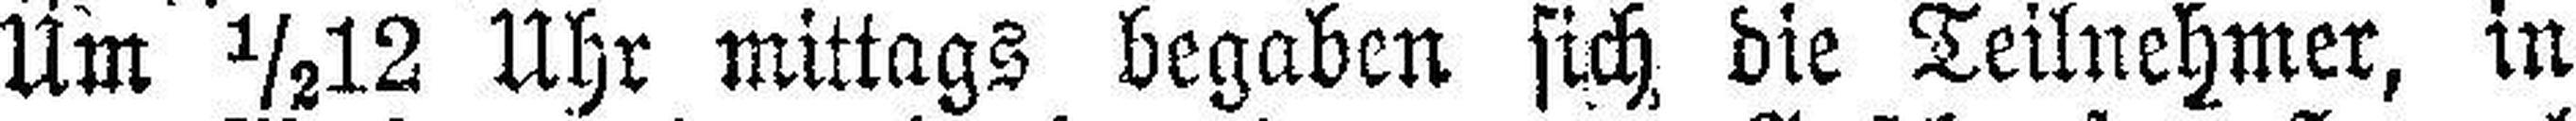
Um ½12 Uhr mittags begaben sich, die Teilnehmer, in